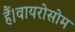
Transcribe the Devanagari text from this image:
हैं।वायरोसोम